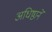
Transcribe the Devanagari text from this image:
अधिष्ठानें